Suure-Kopu_vallavalitsus, lk 22
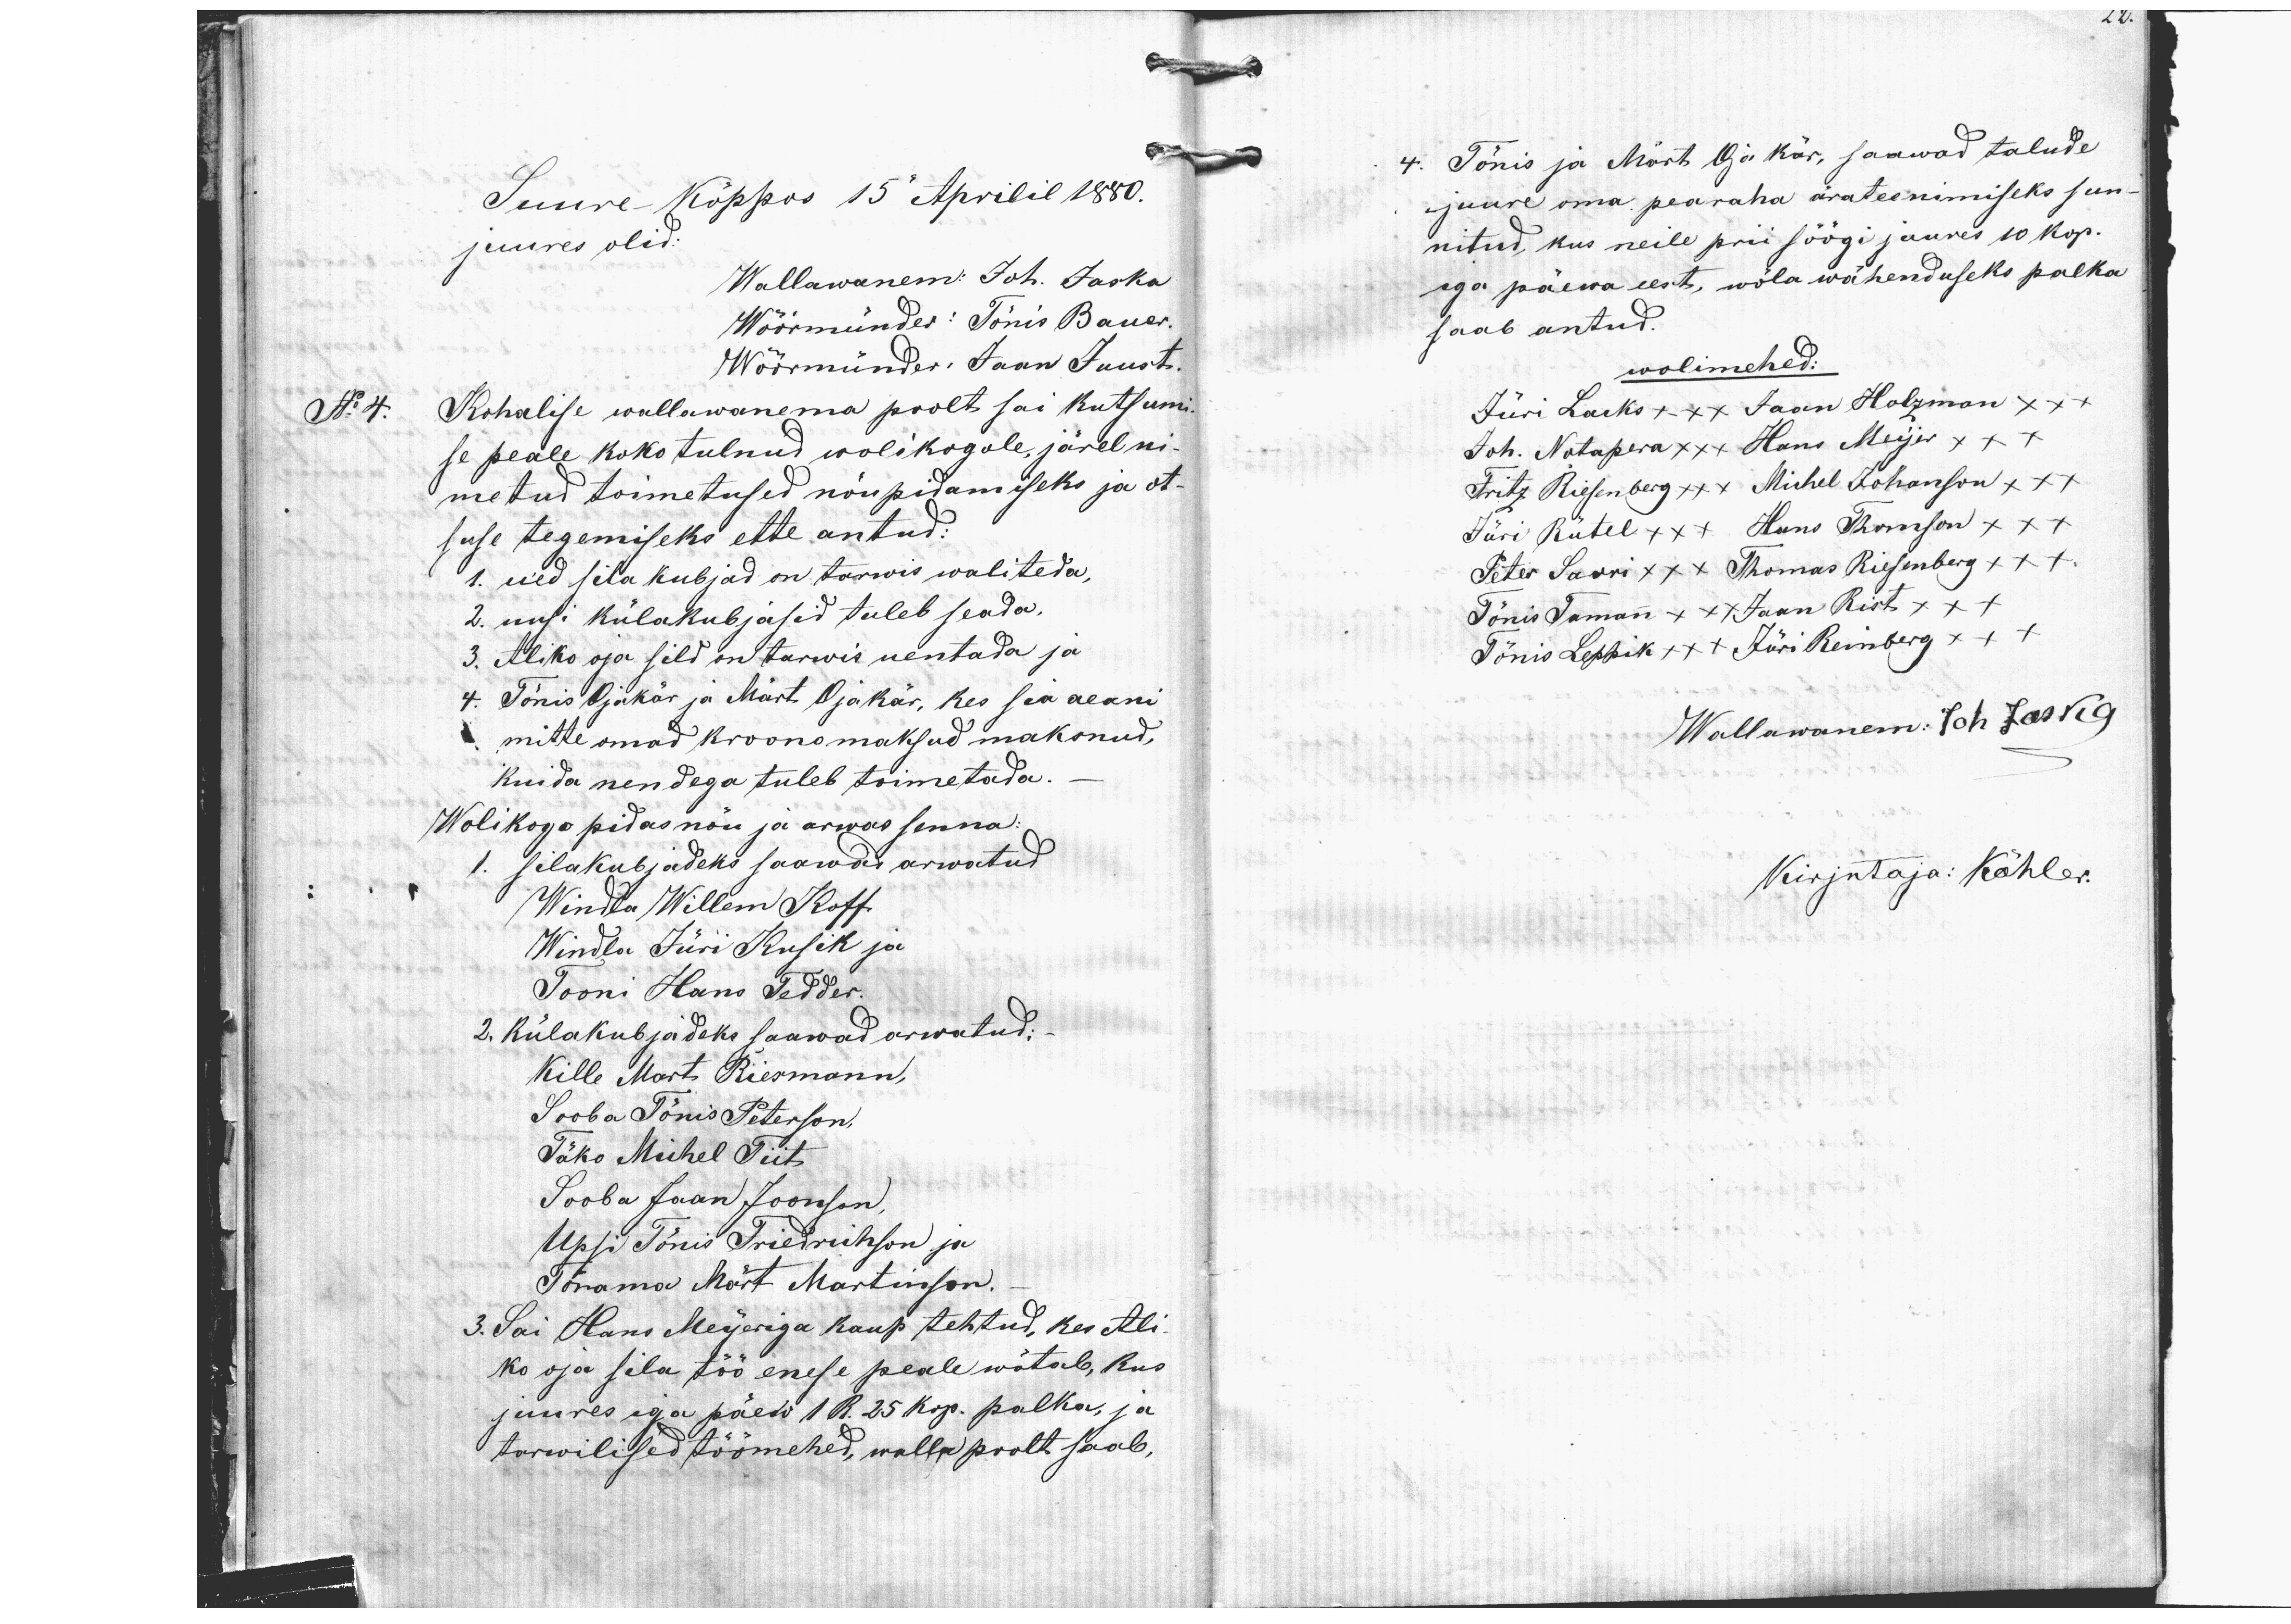
Suure Kõppos 15 Aprilil 1880.
juures olid:
Wallawanem: Joh. Jaska
Wöörmünder: Tõnis Bauer.
Wõõrmünder: Jaan Juust
No 4.
Kohalise wallawanema poolt sai kutsumi
se peale koko tulnud wolikogule, järel ni-
metud toimetused nõupidamiseks ja ot-
suse tegemiseks ette antud:
1. ued silakubjad on tarwis waliteda,
2. uusi külakubjasid tuleb seada.
3. Aliko oja sild on tarwis uentada ja
4. Tõnis Ojakär ja Märt Ojakär, kes sea aeani
mitte omad kroonomaksud maksnud,
kuida nendega tuleb toimetada.
Wolikogo pidas nõu ja arwas senna:
silakubjadeks saawad arwatud
Windla Willem Koff.
Windla Jüri Kusik ja
Tooni Hans Tedder.
2. Külakubjadeks saawad arwatud.
Kille Mart Riesmann,
Sooba Tõnis Peterson
Täko Michel Tiit
Sooba Jaan Joonson
Upsi Tõnis Friedrichson ja
Tõrama Märt Martinson.
3. Sai Hans Meijeriga kaup tehtud, kes Ali-
ko oja sila töö enese peale wõtab, kus
juures ega päew 1 R. 25 kop. palka, ja
tarwilised töömehed, walla poolt saab,

4. Tõnis ja Mõrt Oja kär, saawad talude
juure oma pearaha ärateenimiseks sun-
nitud, kus neile prii söögi juures 10 kop.
ega päewa eest, wõla wähenduseks palka
saab antud.
wolimehed:
Jüri Lacks xxx Jaan Holzman xxx
Joh. Notapera xxx Hans Meijer xxx
Fritz Riesenberg xxx Michel Johanson xxx
Jüri Rütel +x+ Hans Thomson xxx
Peter Saari xxx Thomas Riesenberg xxx
Tõnis Tamann xxx Jaan Rist xxx
Tõnis Leppik xxx Jüri Reinberg x++
Wallawanem: Joh Jaska
Kirjutaja: Köhler.